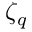
\zeta _ { q }